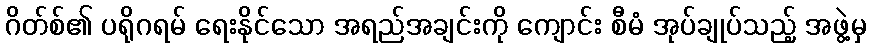
ဂိတ်စ်၏ ပရိုဂရမ် ရေးနိုင်သော အရည်အချင်းကို ကျောင်း စီမံ အုပ်ချုပ်သည့် အဖွဲ့မှ